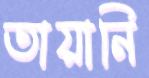
তায়ানি